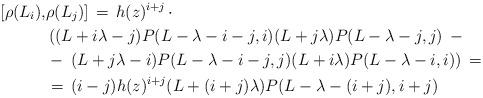
LaTeX: \begin{align*}[\rho(L_i) , & \rho(L_j) ]\, =\, h(z)^{i+j} \,\cdot \\ & \left( (L +i \lambda -j ) P(L -\lambda -i-j, i) (L +j\lambda ) P(L -\lambda-j, j)\right.\, - \\ & -\, \left.(L +j \lambda -i) P(L -\lambda -i-j, j) (L +i\lambda ) P(L -\lambda-i, i) \right)\,=\\ & = \, (i-j) h(z)^{i+j} (L +(i+j) \lambda ) P(L -\lambda-(i+j), i+j)\end{align*}